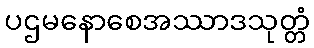
ပဌမနောစေအဿာဒသုတ္တံ